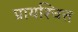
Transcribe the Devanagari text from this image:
प्रायश्‍चित्त